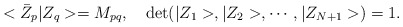
\begin{align*}< \bar Z_p\vert Z_q>=M_{pq}, \quad \mbox{det}(\vert Z_1>, \vert Z_2>,\cdots, \vert Z_{N+1}>) =1.\end{align*}